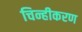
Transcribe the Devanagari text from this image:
चिन्हीकरण